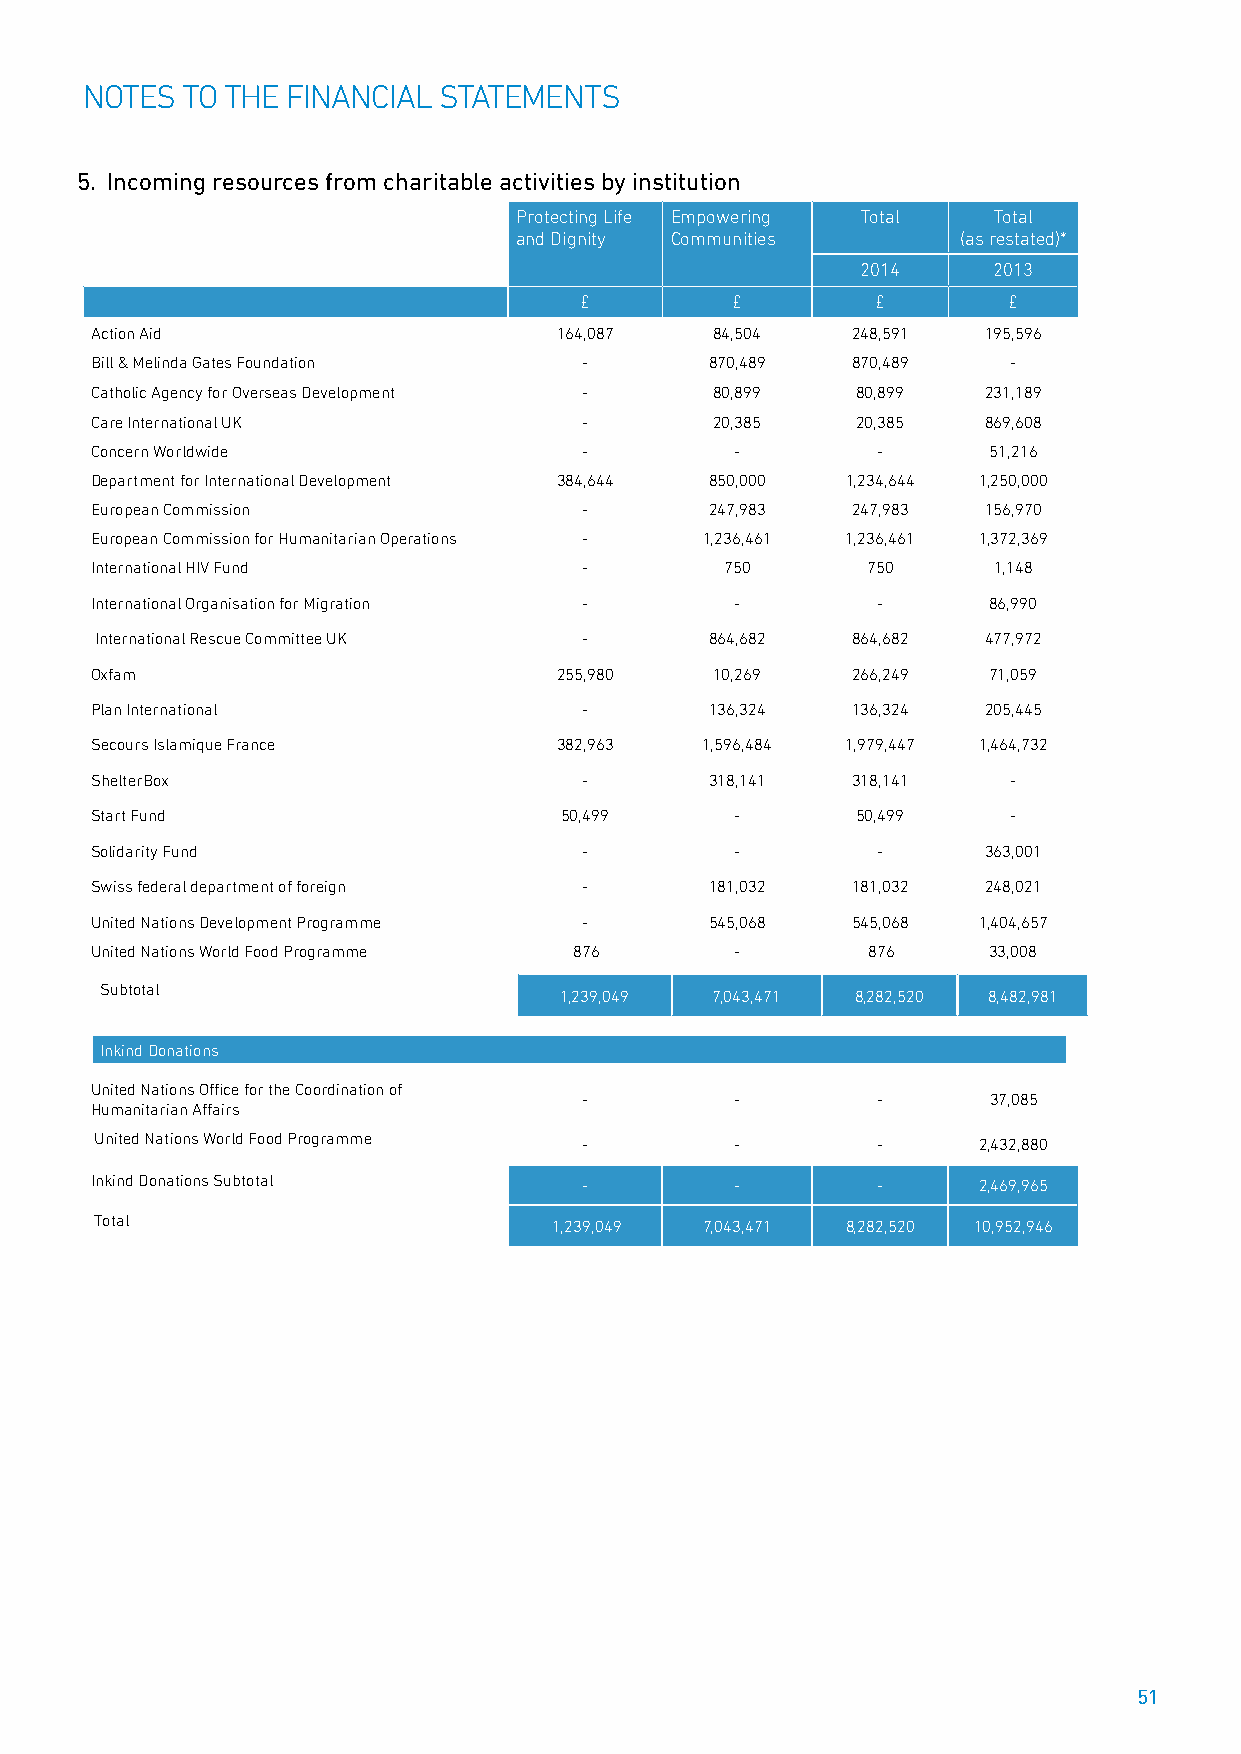
NOTES TO THE FINANCIAL STATEMENTS
 5. Incoming resources from charitable activities by institution
 Protecting Life Empowering Total Total
 and Dignity Communities       (as restated)*
 2014     2013
 £         £         £        £
 Action Aid                     164,087   84,504   248,591  195,596
 Bill & Melinda Gates Foundation  -       870,489  870,489    -
 Catholic Agency for Overseas Development - 80,899  80,899  231,189
 Care International UK            -       20,385    20,385  869,608
 Concern Worldwide                -         -        -      51,216
 Department for International Development 384,644 850,000 1,234,644 1,250,000
 European Commission              -       247,983  247,983  156,970
 European Commission for Humanitarian Operations - 1,236,461 1,236,461 1,372,369
 International HIV Fund          -         750      750      1,148
 International Organisation for Migration - -        -      86,990
 International Rescue Committee UK -      864,682  864,682  477,972
 Oxfam                          255,980   10,269   266,249  71,059
 Plan International              -        136,324  136,324  205,445
 Secours Islamique France       382,963  1,596,484 1,979,447 1,464,732
 ShelterBox                      -        318,141  318,141    -
 Start Fund                     50,499      -       50,499    -
 Solidarity Fund                 -          -        -      363,001
 Swiss federal department of foreign -    181,032  181,032  248,021
 United Nations Development Programme -   545,068  545,068  1,404,657
 United Nations World Food Programme 876    -       876     33,008
 Subtotal
 1,239,049 7,043,471 8,282,520 8,482,981
 Inkind Donations
 United Nations Office for the Coordination of
 -         -        -      37,085
 Humanitarian Affairs
 United Nations World Food Programme
 -         -        -      2,432,880
 Inkind Donations Subtotal        -         -        -      2,469,965
 Total
 1,239,049 7,043,471 8,282,520 10,952,946
 51